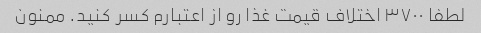
لطفا ۳۷۰۰ اختلاف قیمت غذا رو از اعتبارم کسر کنید. ممنون